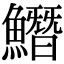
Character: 𩻛